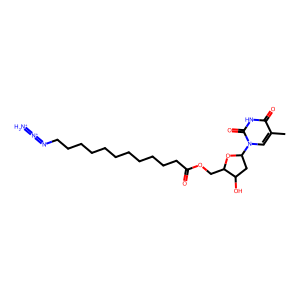
SMILES: Cc1cn(C2CC(O)C(COC(=O)CCCCCCCCCCCN=[N+]=[NH2+])O2)c(=O)[nH]c1=O
Inhibits HIV replication: Yes